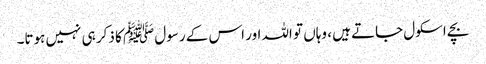
بچے اسکول جاتے ہیں ، وہاں تو اللہ اور اس کے رسول ﷺ کا ذکر ہی نہیں ہوتا۔